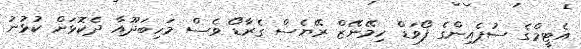
އެޓީމްގެ ސުޕެއިންގެ ފޯވަޑް ހިމޭނޭޒް ރޭޔެސް ގެރާޑޯ ވެސް މަހިބަދޫއާ ދެކޮޅަށް ކުޅުނު